Indian journal of veterinary science and animal husbandry - Volumes 28-29, 1958-1959
Year: 1958
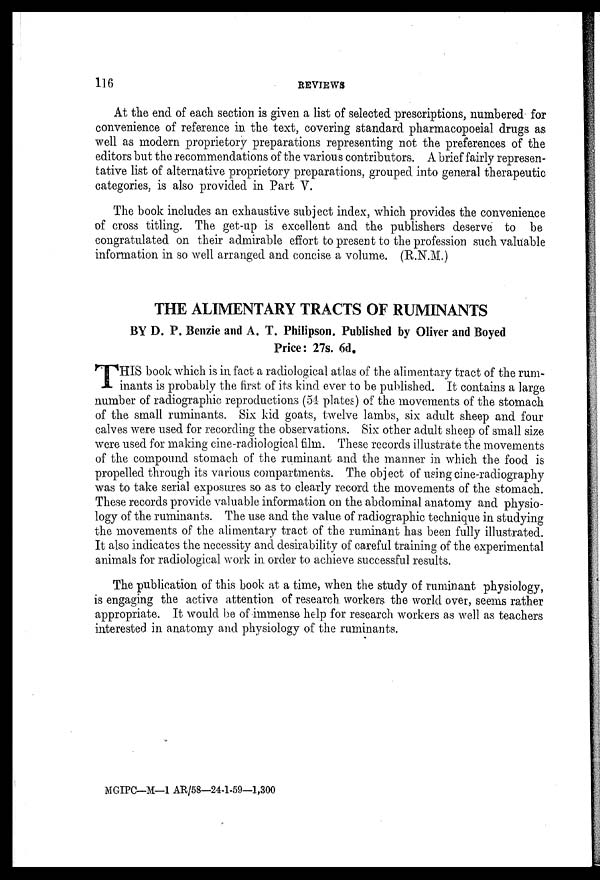
116
REVIEWS
At the end of each section is given a list of selected prescriptions, numbered for
convenience of reference in the text, covering standard pharmacopoeial drugs as
well as modern proprietory preparations representing not the preferences of the
editors but the recommendations of the various contributors. A brief fairly represen-
tative list of alternative proprietory preparations, grouped into general therapeutic
categories, is also provided in Part V.
The book includes an exhaustive subject index, which provides the convenience
of cross titling. The get-up is excellent and the publishers deserve to be
congratulated on their admirable effort to present to the profession such valuable
information in so well arranged and concise a volume. (R.N.M.)
THE ALIMENTARY TRACTS OF RUMINANTS
BY D. P. Benzie and A. T. Philipson. Published by Oliver and Boyed
Price: 27s. 6d.
T HIS book which is in fact a radiological atlas of the alimentary tract of the rum-
inants is probably the first of its kind ever to be published. It contains a large
number of radiographic reproductions (54 plates) of the movements of the stomach
of the small ruminants. Six kid goats, twelve lambs, six adult sheep and four
calves were used for recording the observations. Six other adult sheep of small size
were used for making cine-radiological film. These records illustrate the movements
of the compound stomach of the ruminant and the manner in which the food is
propelled through its various compartments. The object of using cine-radiography
was to take serial exposures so as to clearly record the movements of the stomach.
These records provide valuable information on the abdominal anatomy and physio-
logy of the ruminants. The use and the value of radiographic technique in studying
the movements of the alimentary tract of the ruminant has been fully illustrated.
It also indicates the necessity and desirability of careful training of the experimental
animals for radiological work in order to achieve successful results.
The publication of this book at a time, when the study of ruminant physiology,
is engaging the active attention of research workers the world over, seems rather
appropriate. It would be of immense help for research workers as well as teachers
interested in anatomy and physiology of the ruminants.
MGIPC—M—1 AR/58—24-1-59—1,300